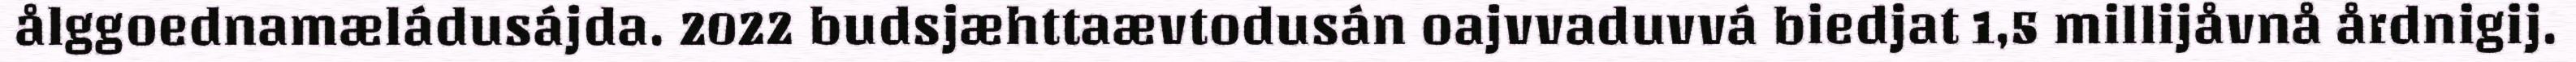
ålggoednamæládusájda. 2022 budsjæhttaævtodusán oajvvaduvvá biedjat 1,5 millijåvnå årdnigij.